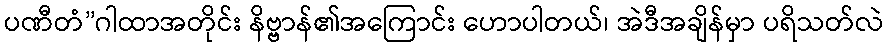
ပဏီတံ”ဂါထာအတိုင်း နိဗ္ဗာန်၏အကြောင်း ဟောပါတယ်၊ အဲဒီအချိန်မှာ ပရိသတ်လဲ